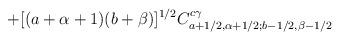
LaTeX: \begin{align*}+ [(a+\alpha+1)(b+\beta)]^{1/2}C_{a+1/2, \alpha+1/2; b-1/2, \beta-1/2}^{c\gamma}\end{align*}